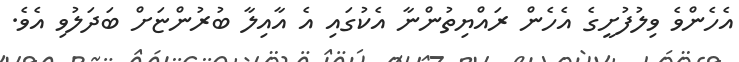
އެހެންވެ ވިލުފުށީގެ އެހެން ރައްޔިތުންނާ އެކުގައި އެ އާއިލާ ބުރުންޏަށް ބަދަލުވި އެވެ.